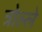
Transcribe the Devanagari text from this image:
त्रोल्ले